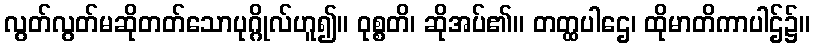
လွတ်လွတ်မဆိုတတ်သောပုဂ္ဂိုလ်ဟူ၍။ ဝုစ္စတိ၊ ဆိုအပ်၏။ တတ္ထပါဌေ၊ ထိုမာတိကာပါဌ်၌။